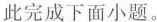
此完成下面小题。